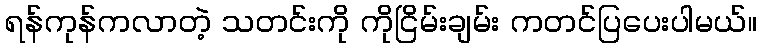
ရန်ကုန်ကလာတဲ့ သတင်းကို ကိုငြိမ်းချမ်း ကတင်ပြပေးပါမယ်။